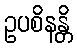
ဥပစိနန္တိ